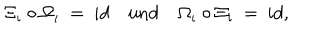
LaTeX: \Xi _ { \iota } \circ \Omega _ { \iota } \: = \: i d \quad \mathrm { u n d } \quad \Omega _ { \iota } \circ \Xi _ { \iota } \: = \: i d ,